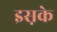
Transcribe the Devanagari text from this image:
इस़के